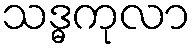
သဒ္ဓကုလာ